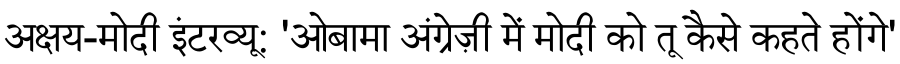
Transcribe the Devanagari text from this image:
अक्षय-मोदी इंटरव्यू: 'ओबामा अंग्रेज़ी में मोदी को तू कैसे कहते होंगे'